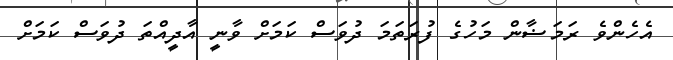
އެހެންވެ ރަމަޟާން މަހުގެ ފުރަތަމަ ދުވަސް ކަމަށް ވާނީ އާދީއްތަ ދުވަސް ކަމަށް